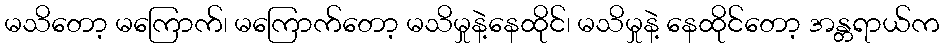
မသိတော့ မကြောက်၊ မကြောက်တော့ မသိမှုနဲ့နေထိုင်၊ မသိမှုနဲ့ နေထိုင်တော့ အန္တရာယ်က